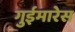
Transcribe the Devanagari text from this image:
गुईमारेस